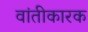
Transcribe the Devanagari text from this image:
वांतीकारक